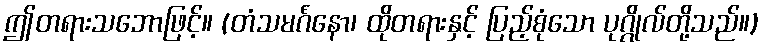
ဤတရားသဘောဖြင့်။ (တံသမင်္ဂံနော၊ ထိုတရားနှင့် ပြည့်စုံသော ပုဂ္ဂိုလ်တို့သည်။)